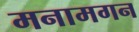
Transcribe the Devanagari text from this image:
मनामगन